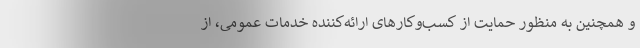
و همچنین به منظور حمایت از کسب‌وکارهای ارائه‌کننده خدمات عمومی، از